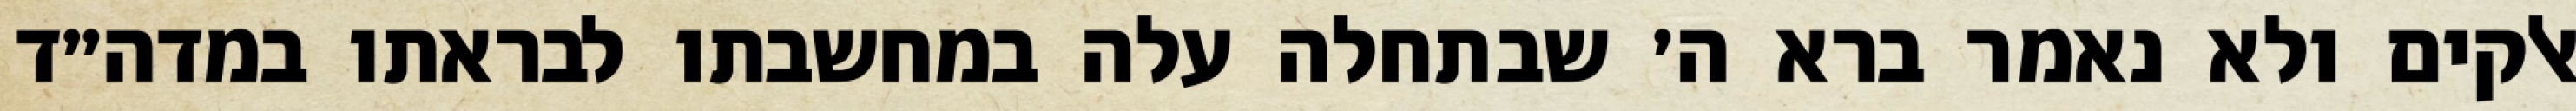
אלקים ולא נאמר ברא ה׳ שבתחלה עלה במחשבתו לבראתו במדה״ד